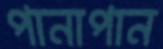
পানাপান